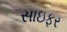
સાઇફર